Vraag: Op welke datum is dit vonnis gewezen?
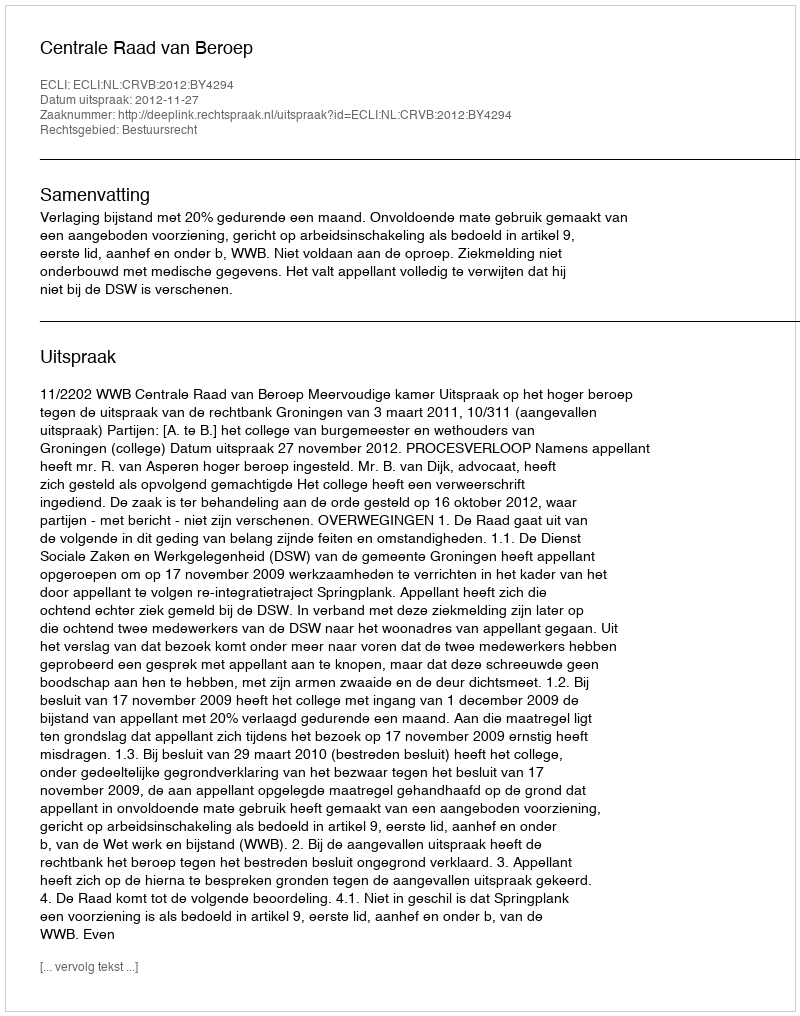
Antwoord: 2012-11-27